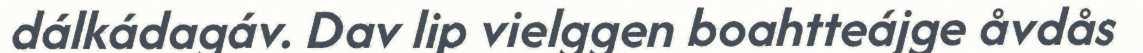
dálkádagáv. Dav lip vielggen boahtteájge åvdås